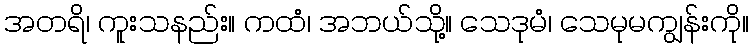
အတရိ၊ ကူးသနည်း။ ကထံ၊ အဘယ်သို့။ သေဒုမံ၊ သေမုမကျွန်းကို။